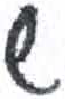
אות: ש